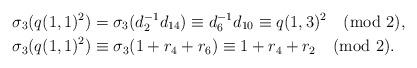
LaTeX: \begin{align*}\sigma_3(q(1,1)^2)&=\sigma_3(d_2^{-1}d_{14})\equiv d_6^{-1}d_{10}\equiv q(1,3)^2\pmod{2},\\\sigma_3(q(1,1)^2)&\equiv\sigma_3(1+r_4+r_6)\equiv1+r_4+r_2\pmod{2}.\end{align*}